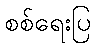
စစ်ရေးပြ